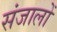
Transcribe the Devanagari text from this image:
संजालों